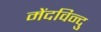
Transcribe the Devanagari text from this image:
मेंदविन्दु